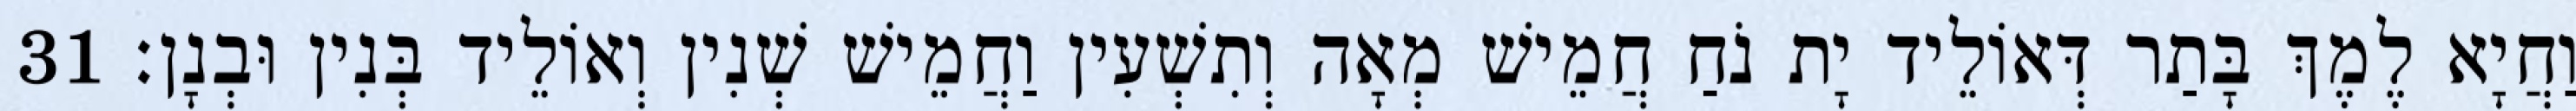
וַחֲיָא לֶמֶךְ בָּתַר דְּאוֹלֵיד יָת נֹחַ חֲמֵישׁ מְאָה וְתִשְׁעִין וַחֲמֵישׁ שְׁנִין וְאוֹלֵיד בְּנִין וּבְנָן׃ 31